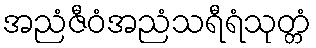
အညံဇီဝံအညံသရီရံသုတ္တံ